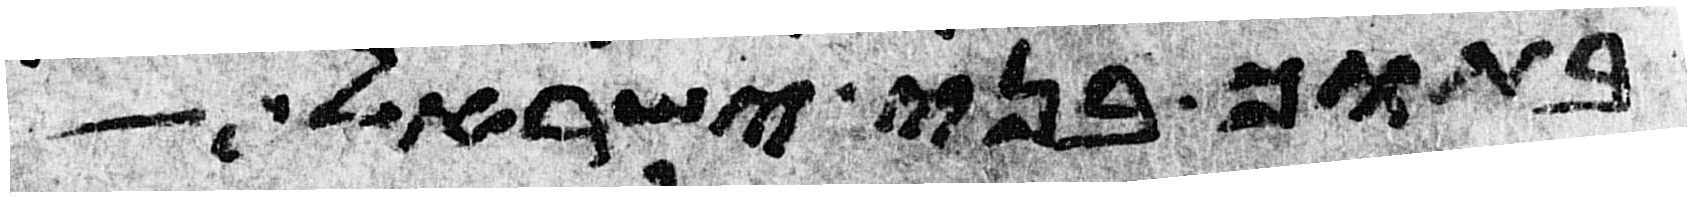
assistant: בתוך בני ישראל